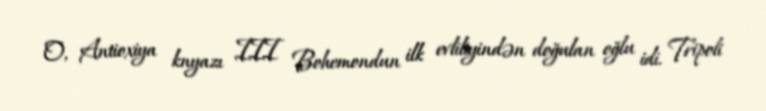
O, Antioxiya knyazı III Bohemondun ilk evliliyindən doğulan oğlu idi. Tripoli